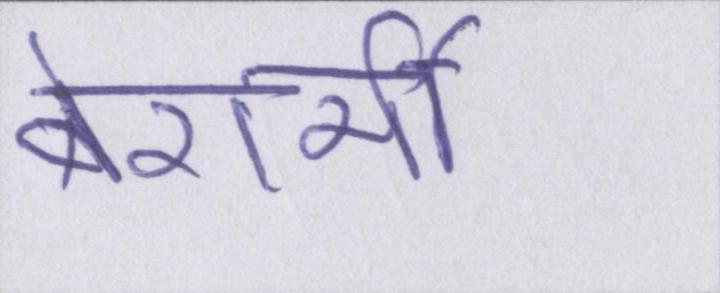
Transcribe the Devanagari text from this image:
बेशर्मी